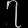
Digit: ၇